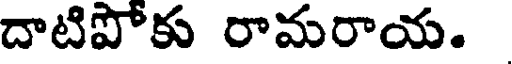
దాటిపోకు రామరాయ.